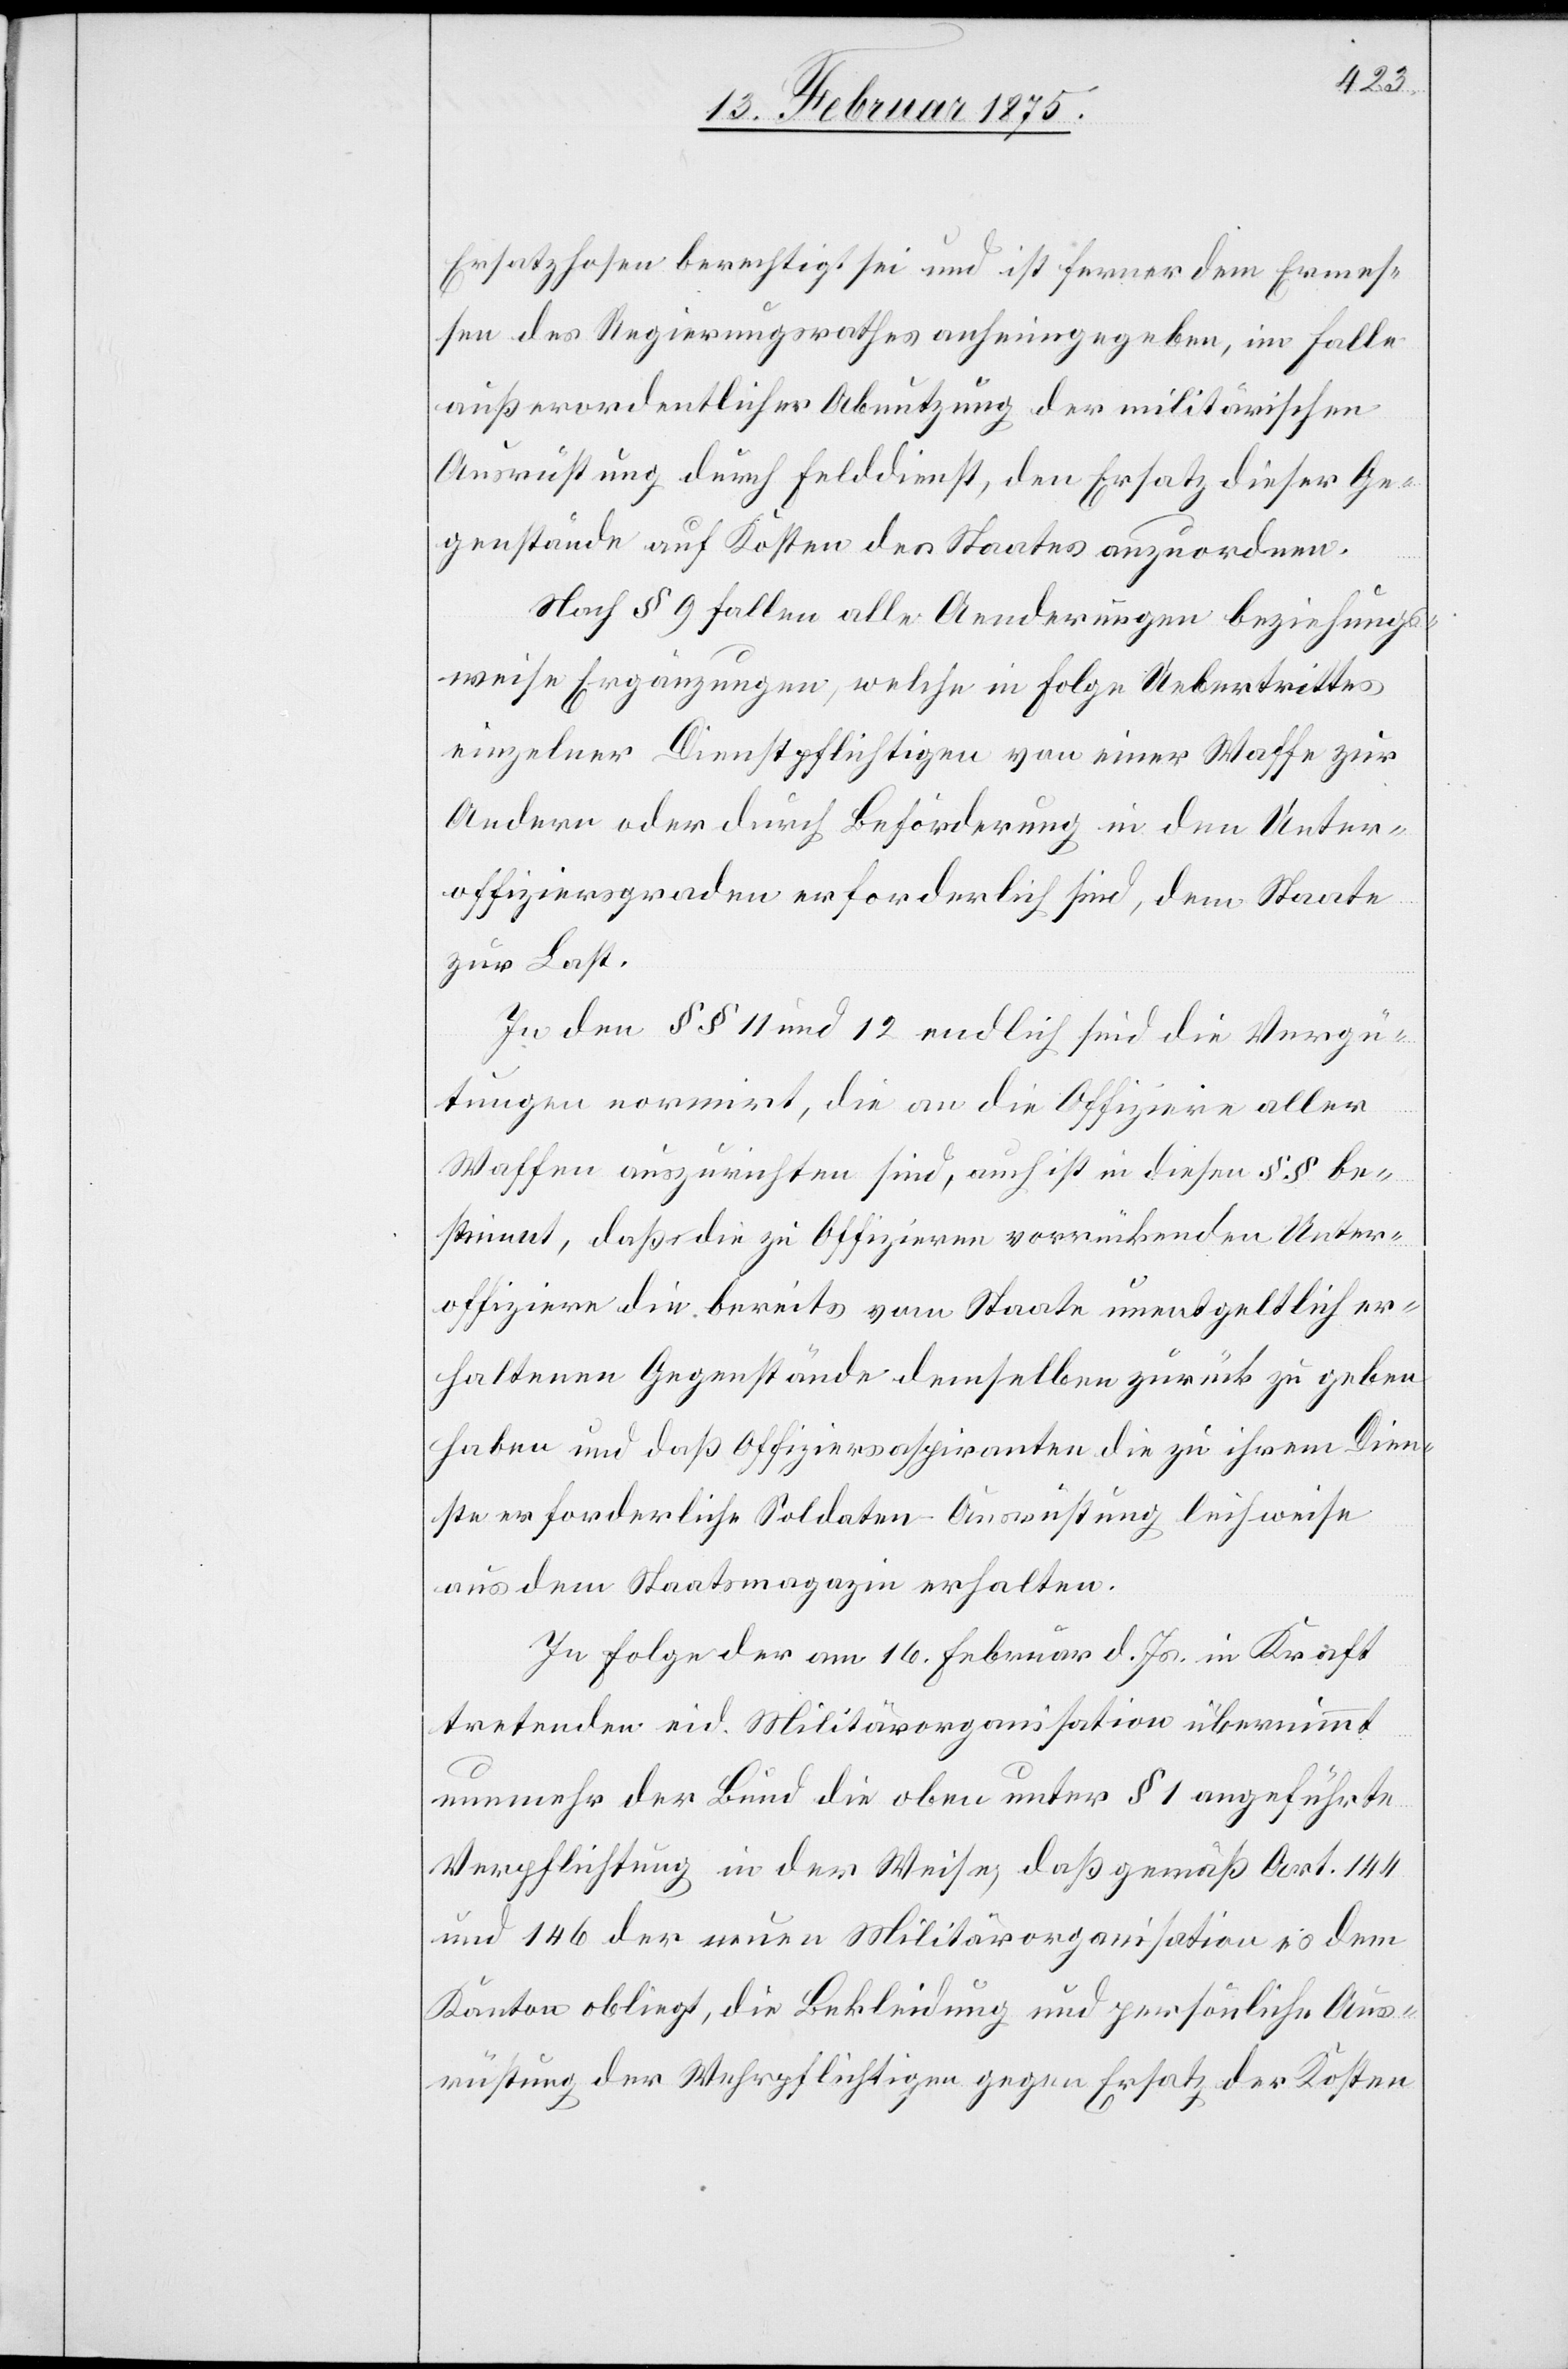
Ersatzhosen berechtigt sei und ist ferner dem Ermes¬
sen des Regierungsrathes anheimgegeben, im Falle
außerordentlicher Abnutzung der militärischen
Ausrüstung durch Felddienst, den Ersatz dieser Ge¬
genstände auf Kosten des Staates anzuordnen.
Nach § 9 fallen alle Aenderungen beziehungs¬
weise Ergänzungen, welche in Folge Uebertrittes
einzelner Dienstpflichtigen von einer Waffe zur
Andern oder durch Beförderung in den Unter¬
offiziersgraden erforderlich sind, dem Staate
zur Last.
In den §§ 11 und 12 endlich sind die Vergü¬
tungen normirt, die an die Offiziere aller
Waffen auszurichten sind, auch ist in diesen §§ be¬
stimmt, daß die zu Offizieren vorrückenden Unter¬
offiziere die bereits vom Staate unentgeltlich er¬
haltenen Gegenstände demselben zurück zu geben
haben und daß Offiziersaspiranten die zu ihrem Dien¬
ste erforderliche Soldaten-Ausrüstung leihweise
aus dem Staatsmagazin erhalten.
In Folge der am 16. Februar d. Js. in Kraft
tretenden eid. Militärorganisation übernimmt
nunmehr der Bund die oben unter § 1 angeführte
Verpflichtung in der Weise, daß gemäß Art. 144
und 146 der neuen Militärorganisation dem
Kanton obliegt, die Bekleidung und persönliche Aus¬
rüstung der Wehrpflichtigen gegen Ersatz der Kosten